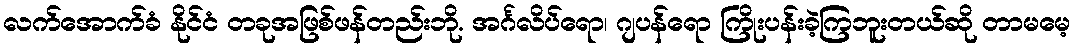
လက်အောက်ခံ နိုင်ငံ တခုအဖြစ်ဖန်တည်းဘို. အင်္ဂလိပ်ရော၊ ဂျပန်ရော ကြိုးပန်းခဲ့ကြဘူးတယ်ဆို တာမမေ့